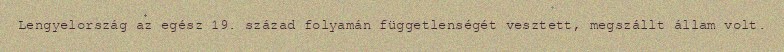
Lengyelország az egész 19. század folyamán függetlenségét vesztett, megszállt állam volt.